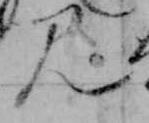
み